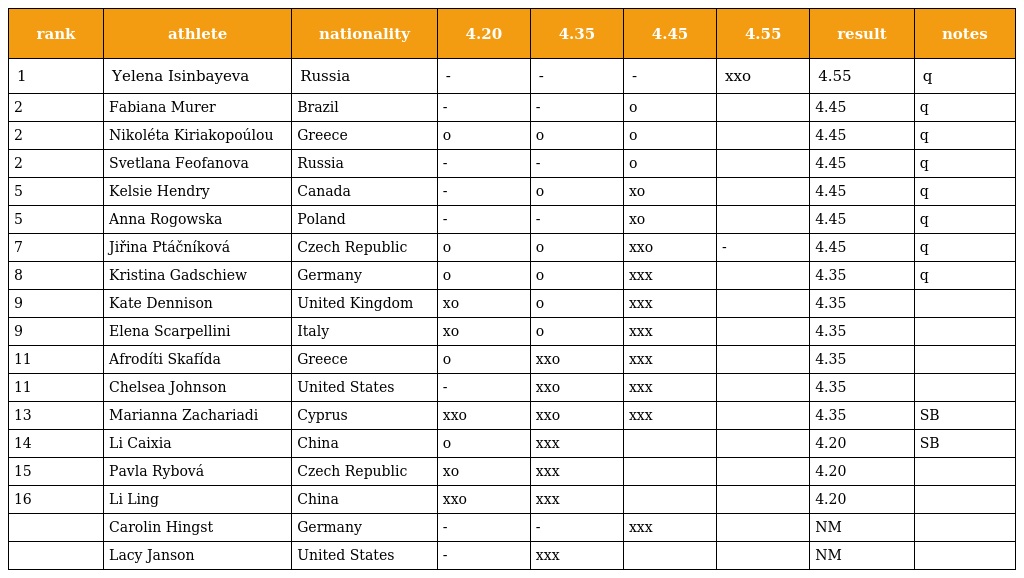
| rank | athlete | nationality | 4.20 | 4.35 | 4.45 | 4.55 | result | notes |
 | --- | --- | --- | --- | --- | --- | --- | --- | --- |
 | 1 | Yelena Isinbayeva | Russia | - | - | - | xxo | 4.55 | q |
 | 2 | Fabiana Murer | Brazil | - | - | o |  | 4.45 | q |
 | 2 | Nikoléta Kiriakopoúlou | Greece | o | o | o |  | 4.45 | q |
 | 2 | Svetlana Feofanova | Russia | - | - | o |  | 4.45 | q |
 | 5 | Kelsie Hendry | Canada | - | o | xo |  | 4.45 | q |
 | 5 | Anna Rogowska | Poland | - | - | xo |  | 4.45 | q |
 | 7 | Jiřina Ptáčníková | Czech Republic | o | o | xxo | - | 4.45 | q |
 | 8 | Kristina Gadschiew | Germany | o | o | xxx |  | 4.35 | q |
 | 9 | Kate Dennison | United Kingdom | xo | o | xxx |  | 4.35 |  |
 | 9 | Elena Scarpellini | Italy | xo | o | xxx |  | 4.35 |  |
 | 11 | Afrodíti Skafída | Greece | o | xxo | xxx |  | 4.35 |  |
 | 11 | Chelsea Johnson | United States | - | xxo | xxx |  | 4.35 |  |
 | 13 | Marianna Zachariadi | Cyprus | xxo | xxo | xxx |  | 4.35 | SB |
 | 14 | Li Caixia | China | o | xxx |  |  | 4.20 | SB |
 | 15 | Pavla Rybová | Czech Republic | xo | xxx |  |  | 4.20 |  |
 | 16 | Li Ling | China | xxo | xxx |  |  | 4.20 |  |
 |  | Carolin Hingst | Germany | - | - | xxx |  | NM |  |
 |  | Lacy Janson | United States | - | xxx |  |  | NM |  |